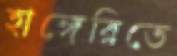
হাঙ্গেরিতে